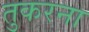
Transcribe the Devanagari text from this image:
तुकरना